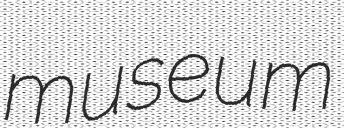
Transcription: museum